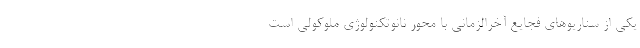
یکی از سناریوهای فجایع آخرالزمانی با محور نانوتکنولوژی ملوکولی است